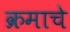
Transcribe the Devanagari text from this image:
क्रमाचे